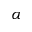
\alpha